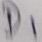
Text: D1